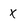
Character: x